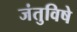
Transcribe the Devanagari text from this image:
जंतुविषे